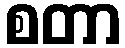
စတာ